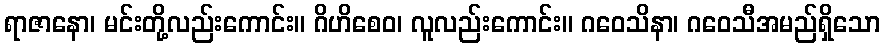
ရာဇာနော၊ မင်းတို့လည်းကောင်း။ ဂိဟိစေဝ၊ လူလည်းကောင်း။ ဂဝေသိနာ၊ ဂဝေသီအမည်ရှိသော